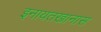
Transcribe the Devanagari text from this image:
इनायतखानास